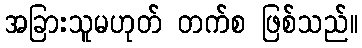
အခြားသူမဟုတ် တက်စ ဖြစ်သည်။